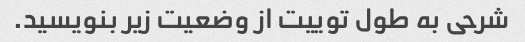
شرحی به طول توییت از وضعیت زیر بنویسید.